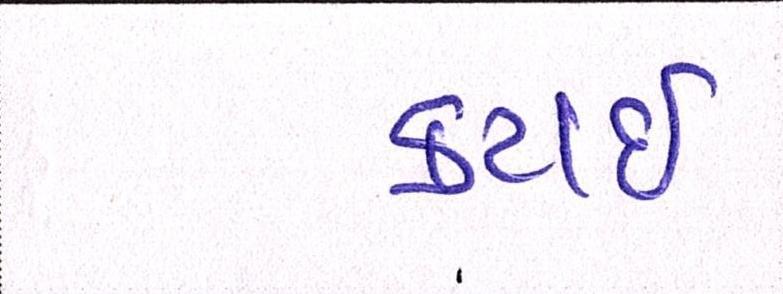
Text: કટાઈ